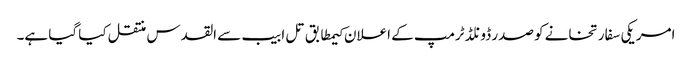
امریکی سفارتخانے کو صدر ڈونلڈ ٹرمپ کے اعلان کیمطابق تل ابیب سے القدس منتقل کیا گیا ہے۔